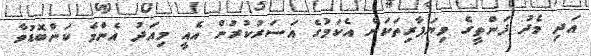
އަދި މެދު ފަންތީގެ ވިޔަފާރިތަކަށް އެކަމުގެ އަސަރުކުރުން އެއީ މިއަދު އެންމެ ކަންބޮޑުވާ